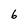
Character: 6